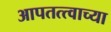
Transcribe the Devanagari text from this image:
आपतत्त्वाच्या